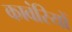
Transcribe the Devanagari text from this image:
कावंरियों